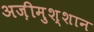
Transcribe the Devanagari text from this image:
अज़ीमुश्शान